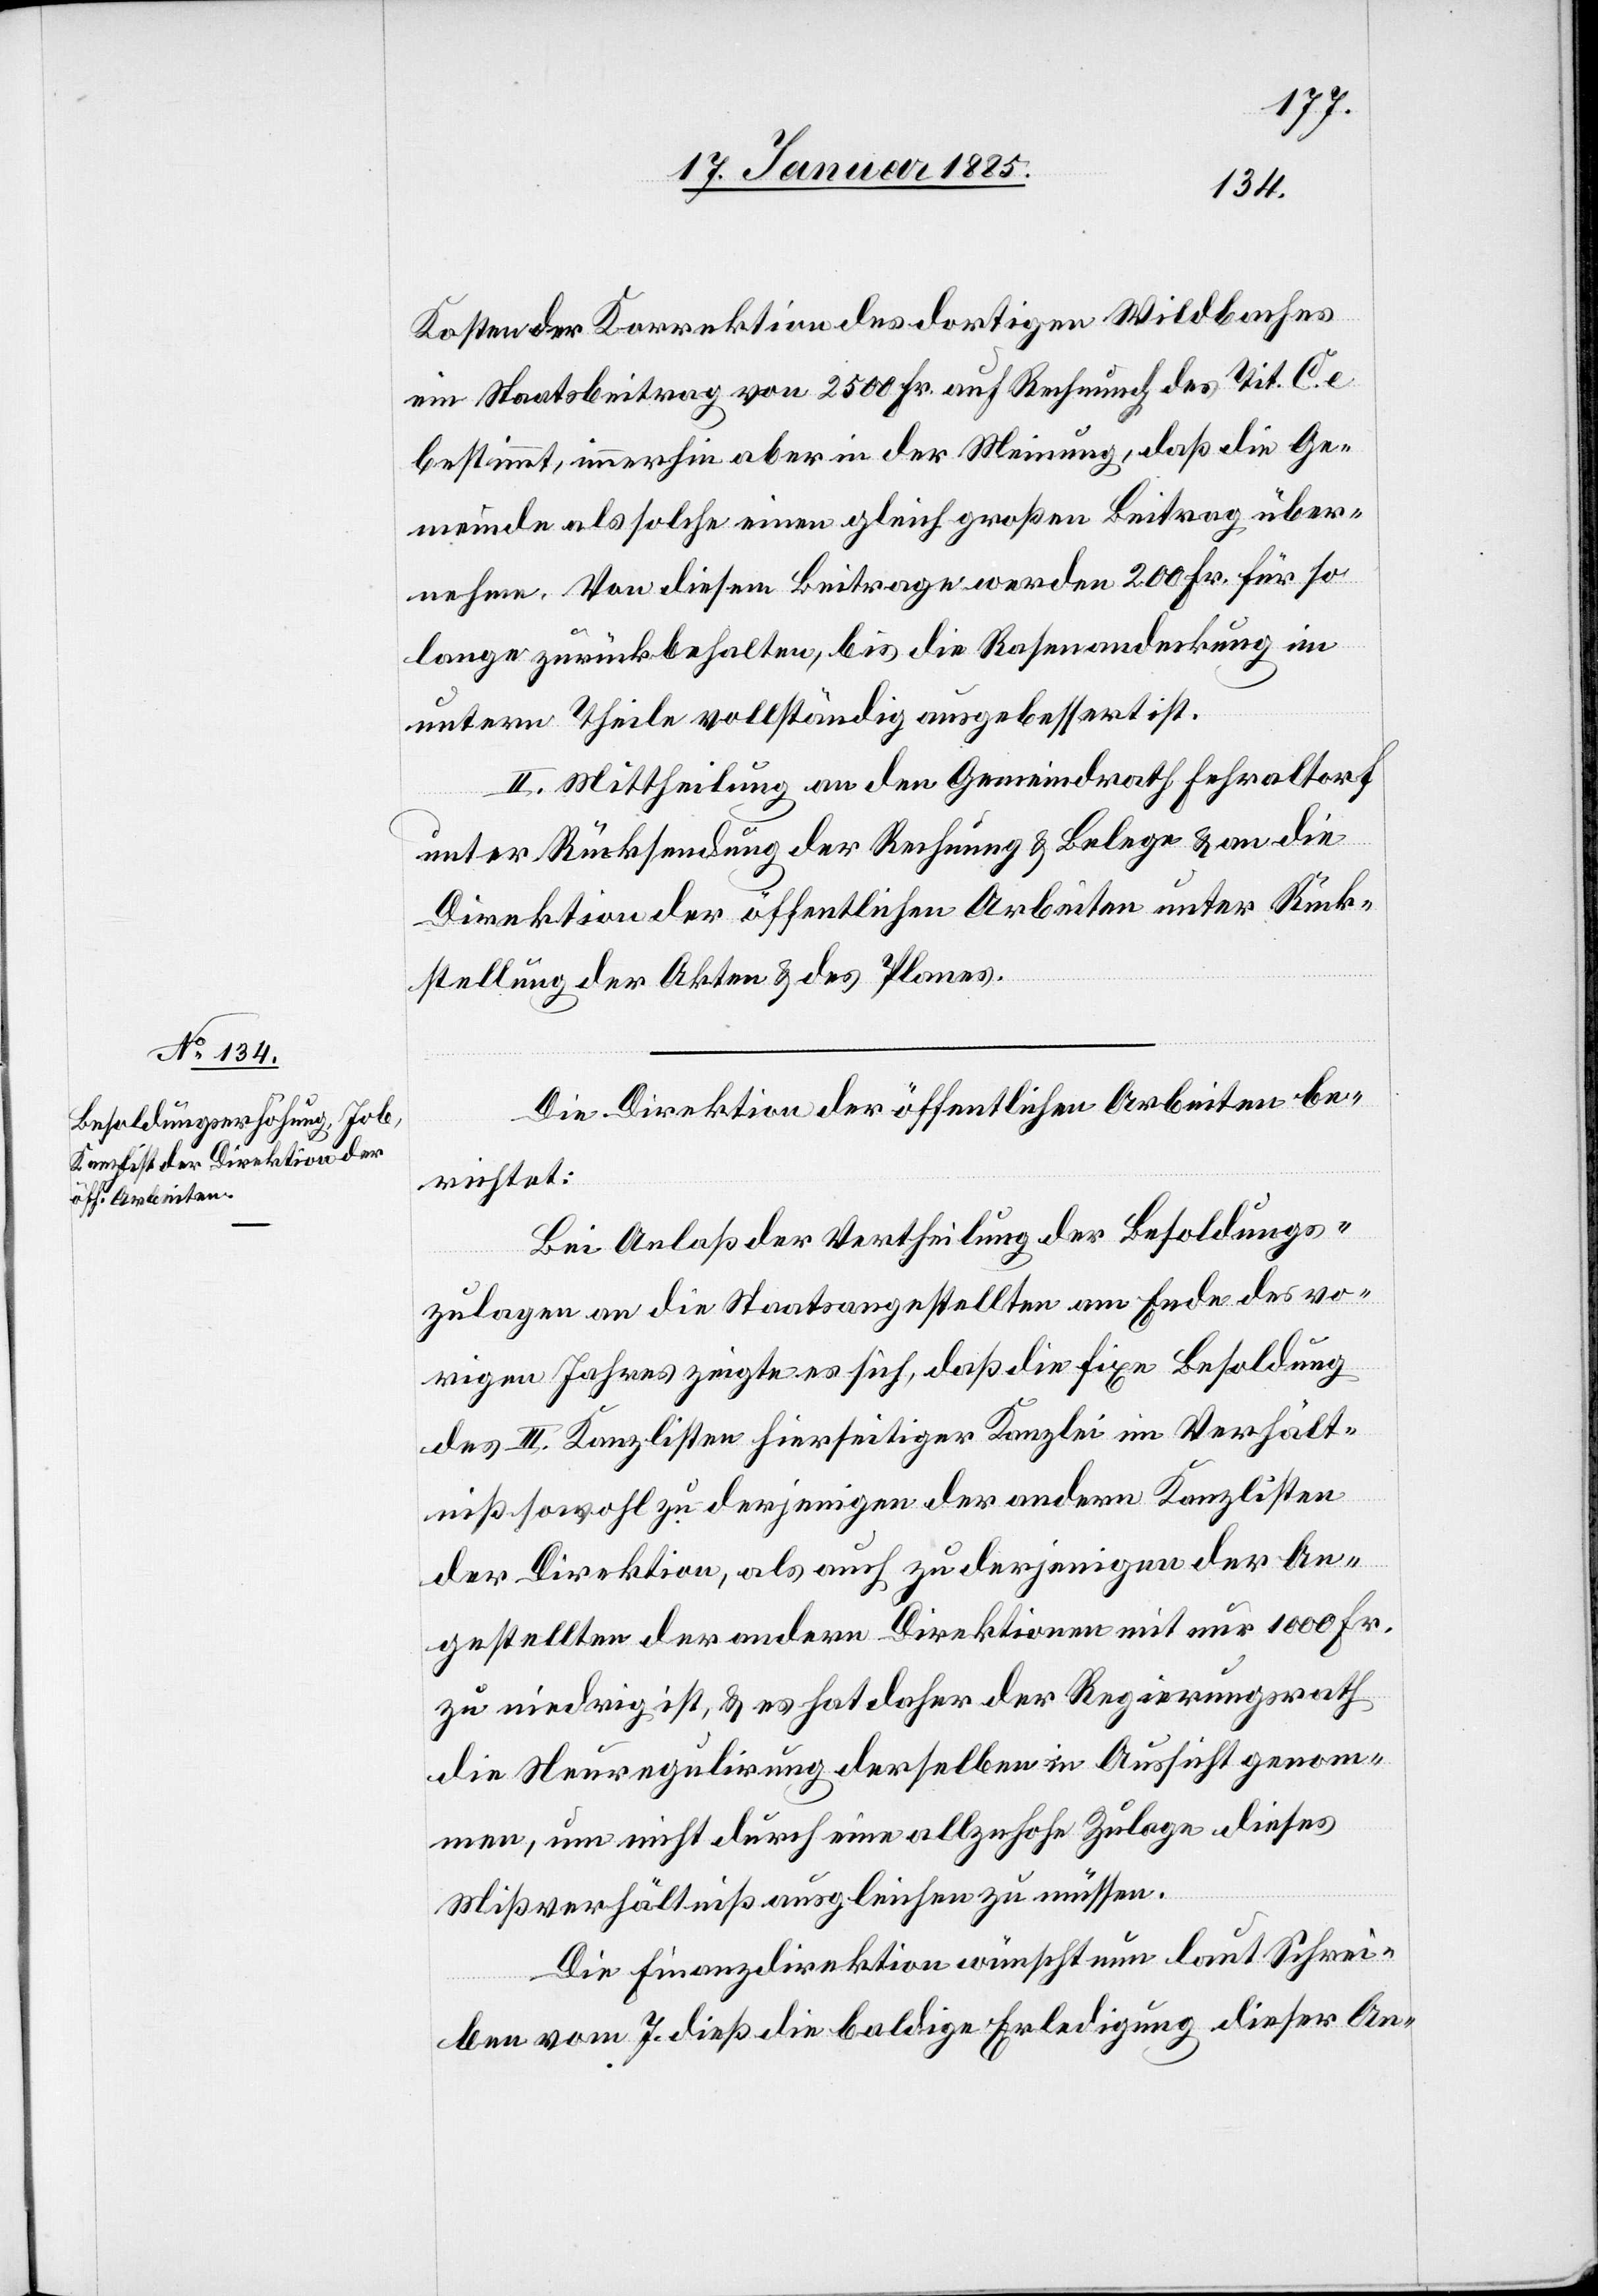
Kosten der Korrektion des dortigen Wildbaches
ein Staatsbeitrag von 2500 Fr. auf Rechnung des Tit. C. e.
bestimmt, immerhin aber in der Meinung, daß die Ge¬
meinde als solche einen gleich großen Beitrag über¬
nehme. Von diesem Beitrage werden 200 Fr. für so¬
lange zurückbehalten, bis die Rasenandeckung im
untern Theile vollständig ausgebessert ist.
II. Mittheilung an den Gemeindrath Fehraltorf
unter Rücksendung der Rechnung & Belege & an die
Direktion der öffentlichen Arbeiten unter Rück¬
stellung der Akten & des Planes.
Die Direktion der öffentlichen Arbeiten be¬
richtet:
Bei Anlaß der Vertheilung der Besoldungs¬
zulagen an die Staatsangestellten am Ende des vo¬
rigen Jahres zeigte es sich, daß die fixe Besoldung
des III. Kanzlisten hierseitiger Kanzlei im Verhält¬
niß sowohl zu derjenigen der andern Kanzlisten
der Direktion, als auch zu derjenigen der An¬
gestellten der andern Direktionen mit nur 1000 Fr.
zu niedrig ist, & es hat daher der Regierungsrath
die Neuregulirung derselben in Aussicht genom¬
men, um nicht durch eine allzuhohe Zulage dieses
Mißverhältniß ausgleichen zu müssen.
Die Finanzdirektion wünscht nun laut Schrei¬
ben vom 7. dieß die baldige Erledigung dieser An-